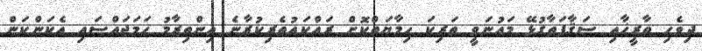
ދިވެހި ތާރީޚާއި ސަޤާފަތާގުޅޭ މައުނަވީ ތަރިކަ ޙިމާޔަތްކޮށް ރައްކައުތެރިކުރާނެ އިންތިޒާމު ހަމަޖައްސައި އެކަންކަން